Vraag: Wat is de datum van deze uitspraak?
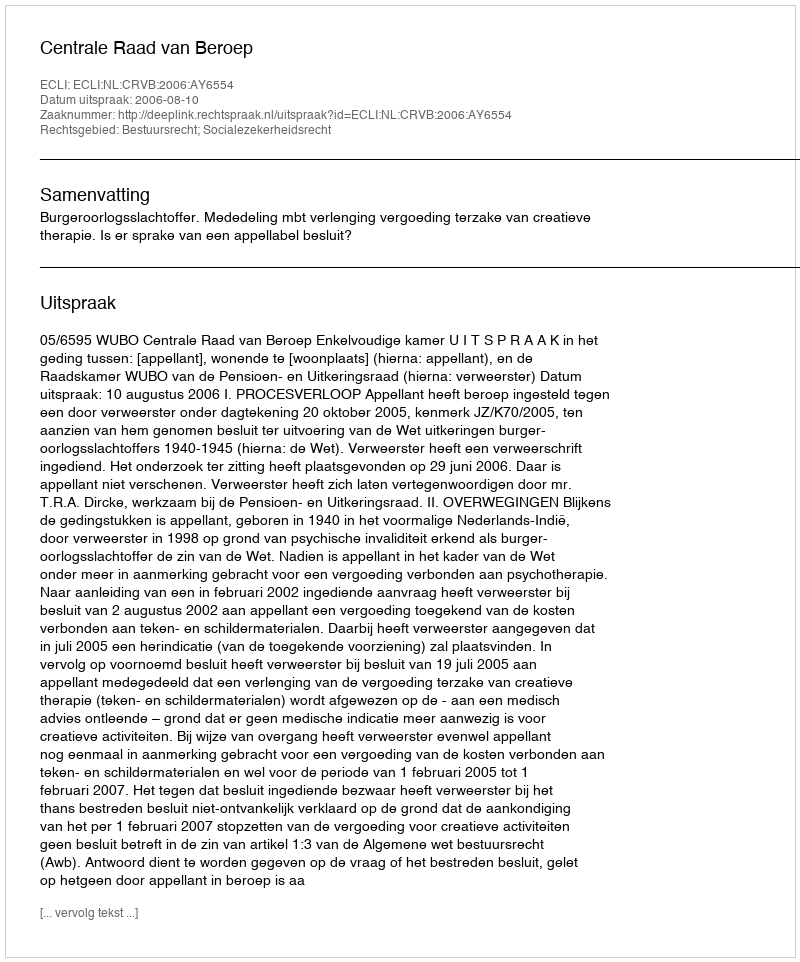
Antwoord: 2006-08-10